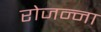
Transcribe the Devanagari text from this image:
रोजन्ना